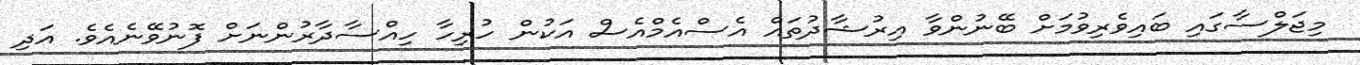
މިޖަލްސާގައި ބައިވެރިވުމަށް ބޭނުންވާ އިރުޝާދުތައް އެސްއެމްއެސް އަކުން ހުރިހާ ހިއްސާދާރުންނަށް ފޮނުވޭނެއެވެ. އަދި